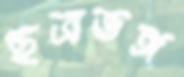
ছত্রভঙ্গ